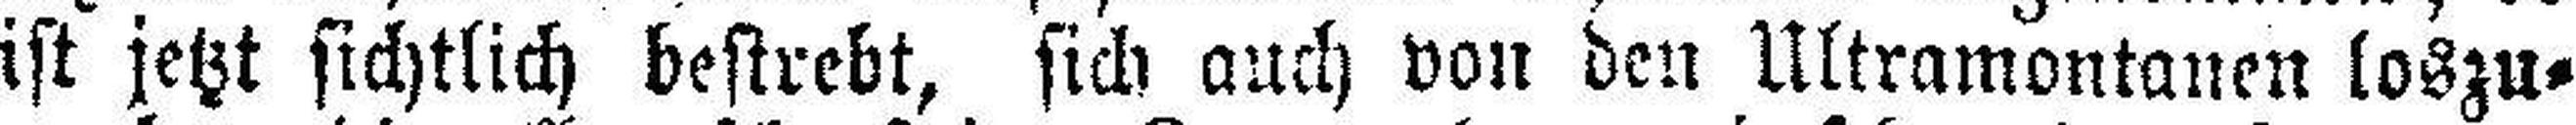
ist jetzt sichtlich bestrebt, sich auch von den Ultramontanen loszu¬